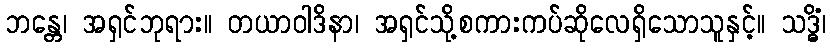
ဘန္တေ၊ အရှင်ဘုရား။ တယာဝါဒိနာ၊ အရှင်သို့စကားကပ်ဆိုလေရှိသောသူနှင့်။ သဒ္ဓိံ၊